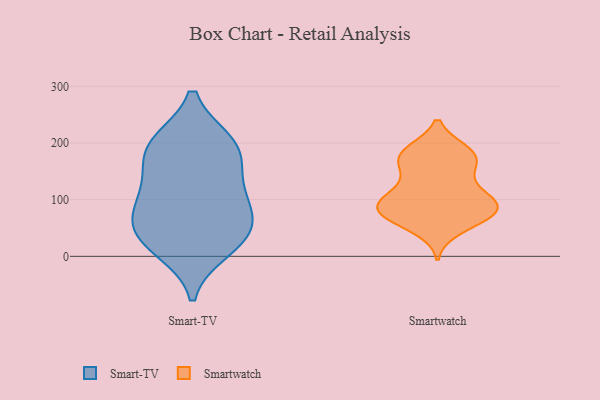
{"axis": {"x": "Budget (USD K)", "y": "Value"}, "legend": ["Smart-TV", "Smartwatch"], "data": [{"x": "", "y": 161, "type": "Smart-TV"}, {"x": "", "y": 38, "type": "Smart-TV"}, {"x": "", "y": 199, "type": "Smart-TV"}, {"x": "", "y": 39, "type": "Smart-TV"}, {"x": "", "y": 89, "type": "Smart-TV"}, {"x": "", "y": 14, "type": "Smart-TV"}, {"x": "", "y": 195, "type": "Smart-TV"}, {"x": "", "y": 193, "type": "Smart-TV"}, {"x": "", "y": 96, "type": "Smart-TV"}, {"x": "", "y": 112, "type": "Smart-TV"}, {"x": "", "y": 44, "type": "Smart-TV"}, {"x": "", "y": 64, "type": "Smartwatch"}, {"x": "", "y": 98, "type": "Smartwatch"}, {"x": "", "y": 177, "type": "Smartwatch"}, {"x": "", "y": 159, "type": "Smartwatch"}, {"x": "", "y": 120, "type": "Smartwatch"}, {"x": "", "y": 82, "type": "Smartwatch"}, {"x": "", "y": 93, "type": "Smartwatch"}, {"x": "", "y": 79, "type": "Smartwatch"}, {"x": "", "y": 154, "type": "Smartwatch"}, {"x": "", "y": 122, "type": "Smartwatch"}, {"x": "", "y": 186, "type": "Smartwatch"}, {"x": "", "y": 77, "type": "Smartwatch"}, {"x": "", "y": 186, "type": "Smartwatch"}, {"x": "", "y": 48, "type": "Smartwatch"}, {"x": "", "y": 65, "type": "Smartwatch"}, {"x": "", "y": 86, "type": "Smartwatch"}, {"x": "", "y": 185, "type": "Smartwatch"}, {"x": "", "y": 102, "type": "Smartwatch"}, {"x": "", "y": 168, "type": "Smartwatch"}, {"x": "", "y": 88, "type": "Smartwatch"}]}